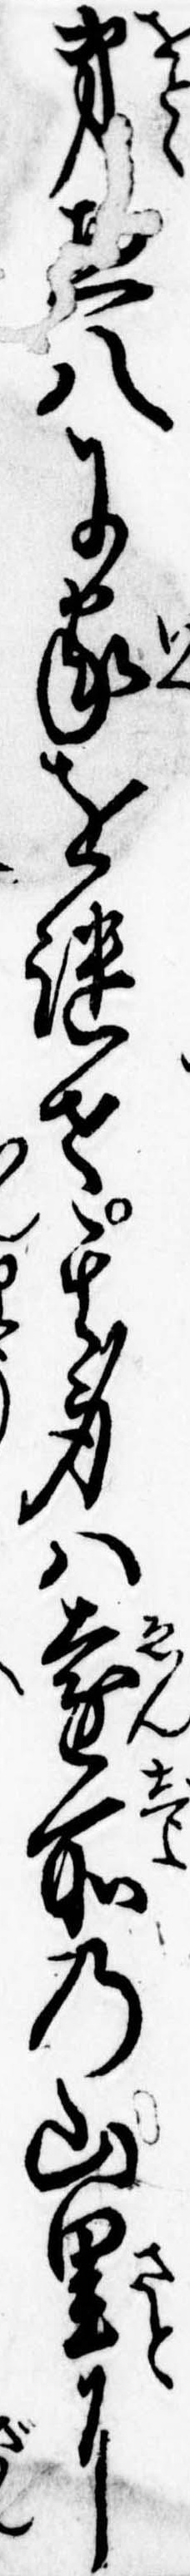
弟八に家を継せ其身は遠所の山里に